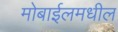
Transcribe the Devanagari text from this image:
मोबाईलमधील